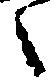
之